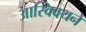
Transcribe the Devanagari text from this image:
आस्क्विथने